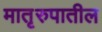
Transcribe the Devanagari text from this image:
मातृरुपातील